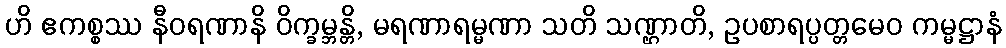
ဟိ ဧကစ္စဿ နီဝရဏာနိ ဝိက္ခမ္ဘန္တိ, မရဏာရမ္မဏာ သတိ သဏ္ဌာတိ, ဥပစာရပ္ပတ္တမေဝ ကမ္မဋ္ဌာနံ